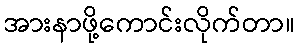
အားနာဖို့ကောင်းလိုက်တာ။